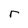
Character: r